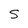
Character: S